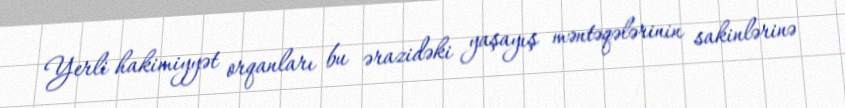
Yerli hakimiyyət orqanları bu ərazidəki yaşayış məntəqələrinin sakinlərinə